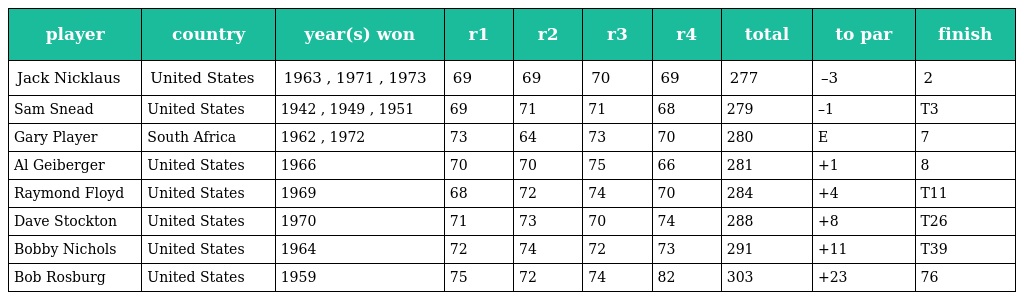
| player | country | year(s) won | r1 | r2 | r3 | r4 | total | to par | finish |
 | --- | --- | --- | --- | --- | --- | --- | --- | --- | --- |
 | Jack Nicklaus | United States | 1963 , 1971 , 1973 | 69 | 69 | 70 | 69 | 277 | –3 | 2 |
 | Sam Snead | United States | 1942 , 1949 , 1951 | 69 | 71 | 71 | 68 | 279 | –1 | T3 |
 | Gary Player | South Africa | 1962 , 1972 | 73 | 64 | 73 | 70 | 280 | E | 7 |
 | Al Geiberger | United States | 1966 | 70 | 70 | 75 | 66 | 281 | +1 | 8 |
 | Raymond Floyd | United States | 1969 | 68 | 72 | 74 | 70 | 284 | +4 | T11 |
 | Dave Stockton | United States | 1970 | 71 | 73 | 70 | 74 | 288 | +8 | T26 |
 | Bobby Nichols | United States | 1964 | 72 | 74 | 72 | 73 | 291 | +11 | T39 |
 | Bob Rosburg | United States | 1959 | 75 | 72 | 74 | 82 | 303 | +23 | 76 |